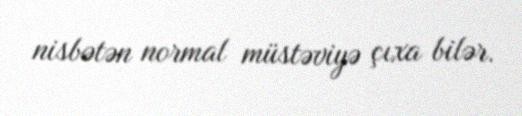
nisbətən normal müstəviyə çıxa bilər.